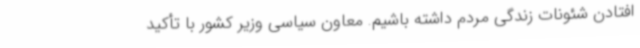
افتادن شئونات زندگی مردم داشته باشیم. معاون سیاسی وزیر کشور با تأکید